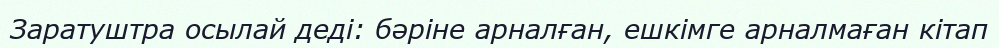
Заратуштра осылай деді: бәріне арналған, ешкімге арналмаған кітап